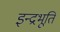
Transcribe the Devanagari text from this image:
इन्द्रभूति